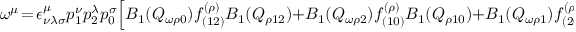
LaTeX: \omega ^ { \mu } \! = \! \epsilon _ { \nu \lambda \sigma } ^ { \mu } p _ { 1 } ^ { \nu } p _ { 2 } ^ { \lambda } p _ { 0 } ^ { \sigma } \Bigl [ B _ { 1 } ( Q _ { \omega \rho 0 } ) f _ { ( 1 2 ) } ^ { ( \rho ) } B _ { 1 } ( Q _ { \rho 1 2 } ) + B _ { 1 } ( Q _ { \omega \rho 2 } ) f _ { ( 1 0 ) } ^ { ( \rho ) } B _ { 1 } ( Q _ { \rho 1 0 } ) + B _ { 1 } ( Q _ { \omega \rho 1 } ) f _ { ( 2 0 ) } ^ { ( \rho ) } B _ { 1 } ( Q _ { \rho 2 0 } ) \Bigr ]